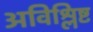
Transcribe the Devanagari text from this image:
अविश्लिष्ट